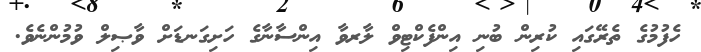
ހެފުމުގެ ތެރޭގައި ކުރިން ބުނި އިންފެކްޓިވް ލާރވާ އިންސާނާގެ ހަށިގަނޑަށް ވާޞިލް ވުމުންނެވެ.